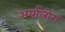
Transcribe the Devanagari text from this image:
अर्यालोग